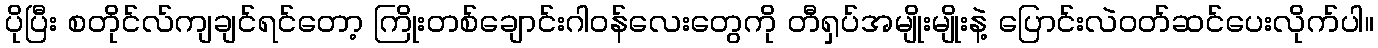
ပိုပြီး စတိုင်လ်ကျချင်ရင်တော့ ကြိုးတစ်ချောင်းဂါဝန်လေးတွေကို တီရှပ်အမျိုးမျိုးနဲ့ ပြောင်းလဲဝတ်ဆင်ပေးလိုက်ပါ။